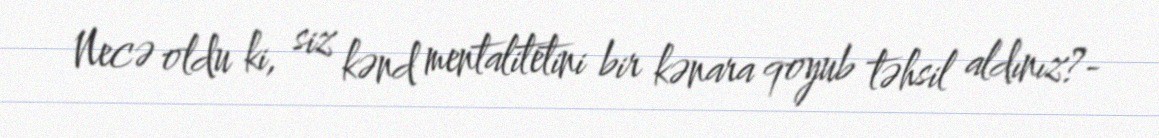
Necə oldu ki, siz kənd mentalitetini bir kənara qoyub təhsil aldınız?-